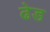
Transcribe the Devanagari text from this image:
ढेड